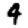
Digit: 4